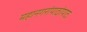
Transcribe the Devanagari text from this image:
महानगरांपाठोपाठ